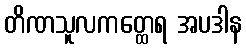
တိဏသူလကတ္ထေရ အပဒါန